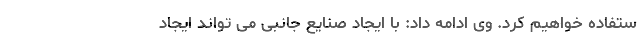
ستفاده خواهیم کرد. وی ادامه داد: با ایجاد صنایع جانبی می تواند ایجاد